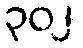
၃၀၂